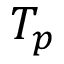
T _ { p }